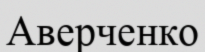
Аверченко